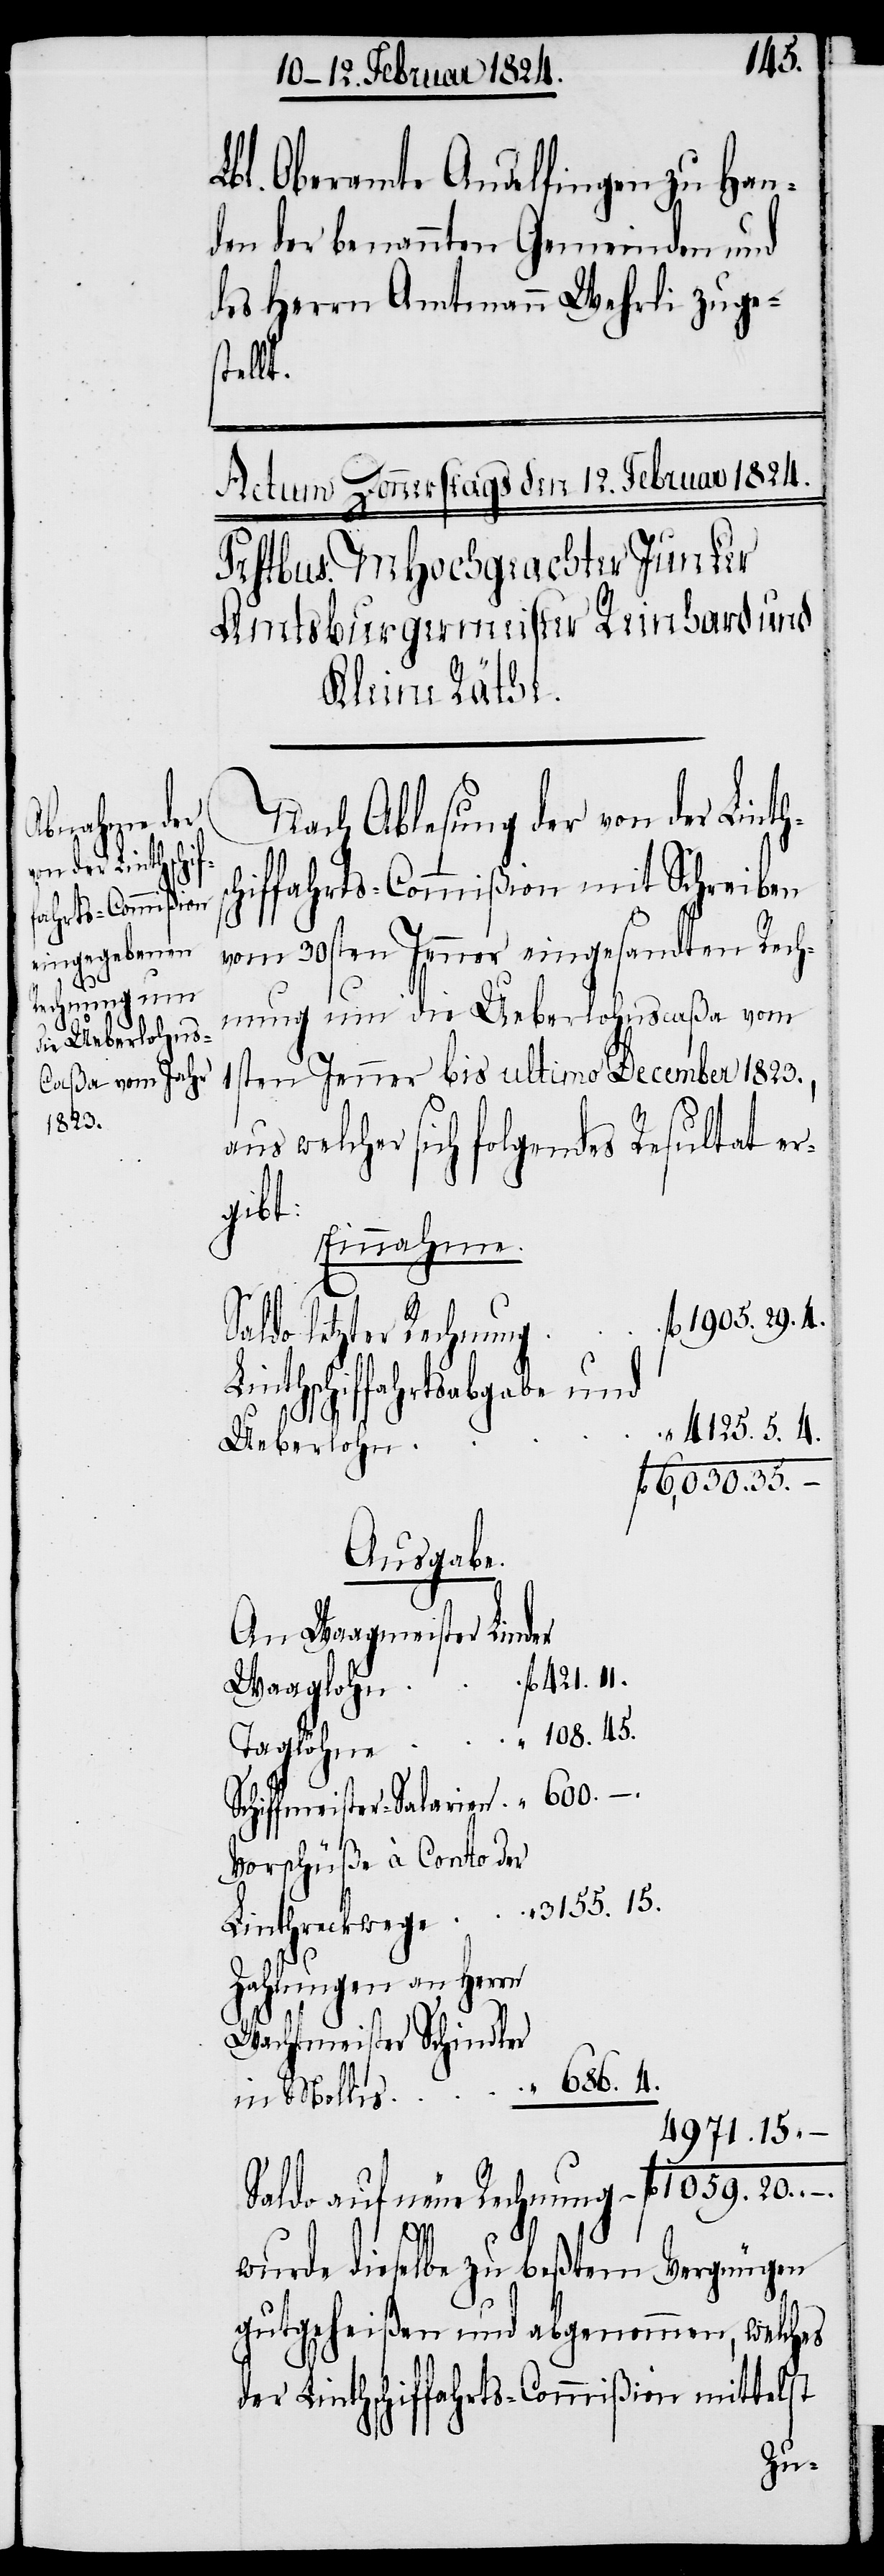
–
.

421.
Lbl. Oberamte Andelfingen zu Han¬
den der benannten Gemeinden und
des Herrn Amtmann Wehrli zuges¬
tellt.
Nach Ablesung der von der Linth¬
chiffahrts-Commißion mit Schreiben
vom 30sten Jenner eingesandten Rech¬
nung um die Ueberlohnscaßa vom
1sten Jenner bis ultimo December 1823.,
aus welcher sich folgendes Resultat er¬
gibt:
Einnahme.
s¬
fl. 1905. 29. 4.
Saldo letzter Rechnung
Linthschiffahrtsabgabe und
“ 4125. 5. 4.
Ueberlohn
fl. 6'030.35.
Ausgabe.
An Waagmeister Linder
Waaglohn
108. 45.
Taglöhne
“
Schiffmeister-Salarien
Vorschüße à Conto der
3155. 15.
Linthreckwege
Zahlungen an Herrn
Wachtmeister Schindler
686. 4.
in Mollis
4971.15.
Saldo auf neue Rechnung fl. 1059. 20. –.
wurde
auf dieselbe zu beßtem Vergnügen
gutgeheißen und abgenommen, welches
der Linthschiffahrts-Commißion mittelst